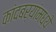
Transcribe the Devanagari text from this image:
कांदबर्यांमध्ये